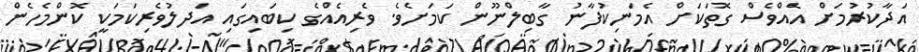
އަދާކުރުމަށް އެއްވެސް ގޮތަކަށް އެމަނިކުފާނު ގާބިލްނޫން ކަމަށެވެ. ވެރިއެއްގެ ކިބައިގައި އަދލުވެރިކަމަކީ ކޮންމެހެން